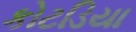
કોટડિયા